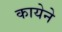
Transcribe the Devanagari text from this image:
कायेने